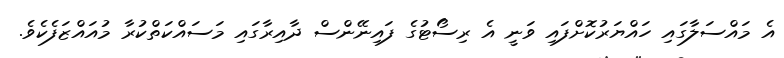
އެ މައްސަލާގައި ހައްޔަރުކޮށްފައި ވަނީ އެ ރިސޯޓުގެ ފައިނޭންސް ދާއިރާގައި މަސައްކަތްކުރާ މުއައްޒަފެކެވެ.